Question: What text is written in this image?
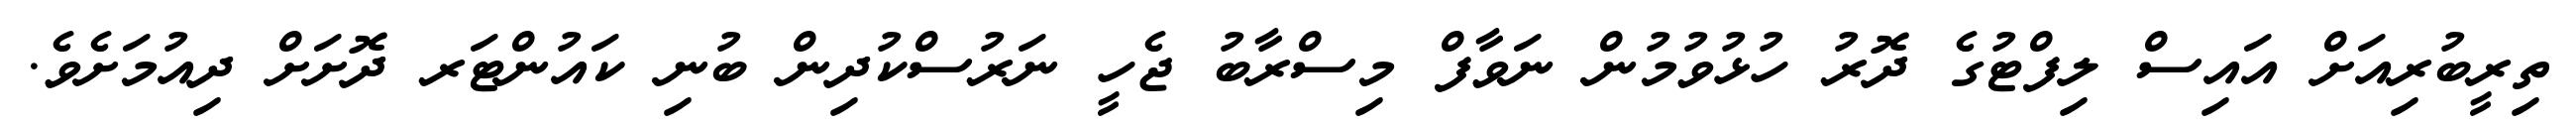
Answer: ތިރީބުރިއަށް އައިސް ލިފްޓުގެ ދޮރު ހުޅުވުމުން ނަވާފް މިސްރާބު ޖެހީ ނަރުސްކުދިން ބުނި ކައުންޓަރ ދޮށަށް ދިއުމަށެވެ.